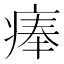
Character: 𤷰